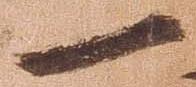
一